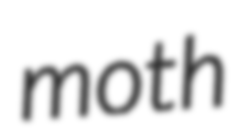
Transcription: moth